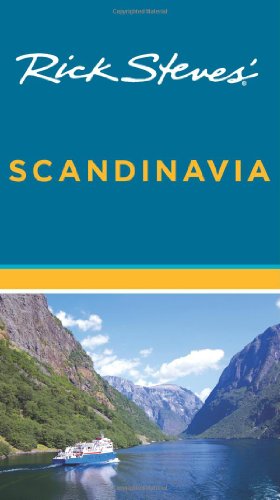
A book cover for Rick Steves' Scandinavia; Rick Steves; Travel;